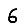
Digit: 6